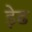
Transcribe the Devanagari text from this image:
ड़ेढ